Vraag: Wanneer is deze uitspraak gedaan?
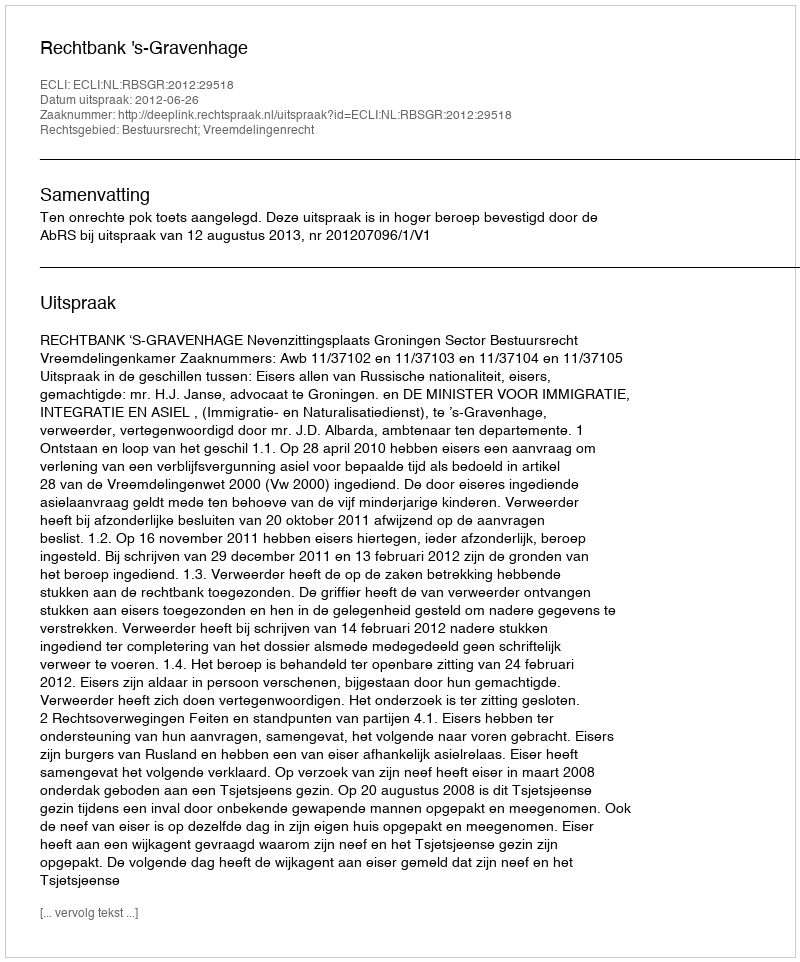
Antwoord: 2012-06-26